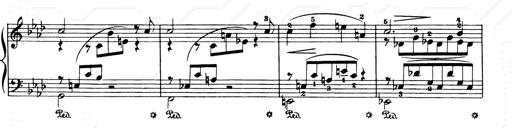
Title: Consolations and LiebestrÃ¤ume for the Piano
Composer: Franz Liszt